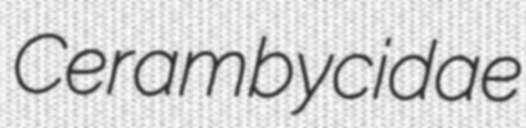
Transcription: Cerambycidae